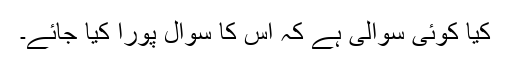
کیا کوئی سوالی ہے کہ اس کا سوال پورا کیا جائے۔